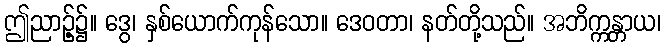
ဤညာဉ့်၌။ ဒွေ၊ နှစ်ယောက်ကုန်သော။ ဒေဝတာ၊ နတ်တို့သည်။ အဘိက္ကန္တာယ၊